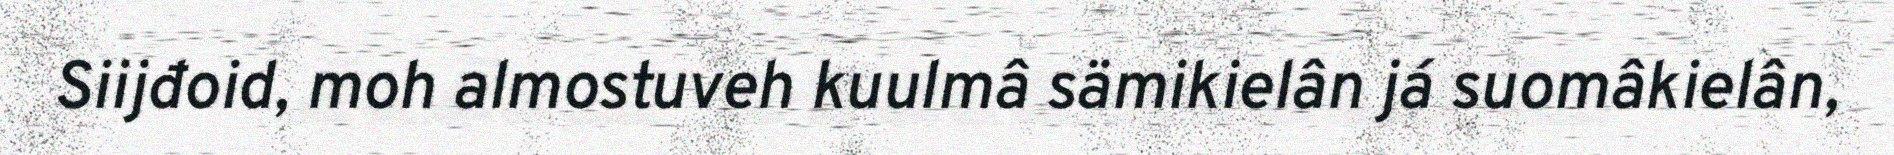
Siijđoid, moh almostuveh kuulmâ sämikielân já suomâkielân,